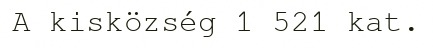
A kisközség 1 521 kat.